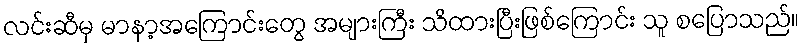
လင်းဆီမှ မာနာ့အကြောင်းတွေ အများကြီး သိထားပြီးဖြစ်ကြောင်း သူ စပြောသည်။